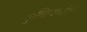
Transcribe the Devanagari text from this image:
पुष्टिवर्धनं